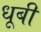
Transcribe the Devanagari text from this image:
धूबी